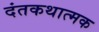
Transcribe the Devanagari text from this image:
दंतकथात्मक